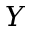
Y